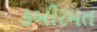
કબીરમત